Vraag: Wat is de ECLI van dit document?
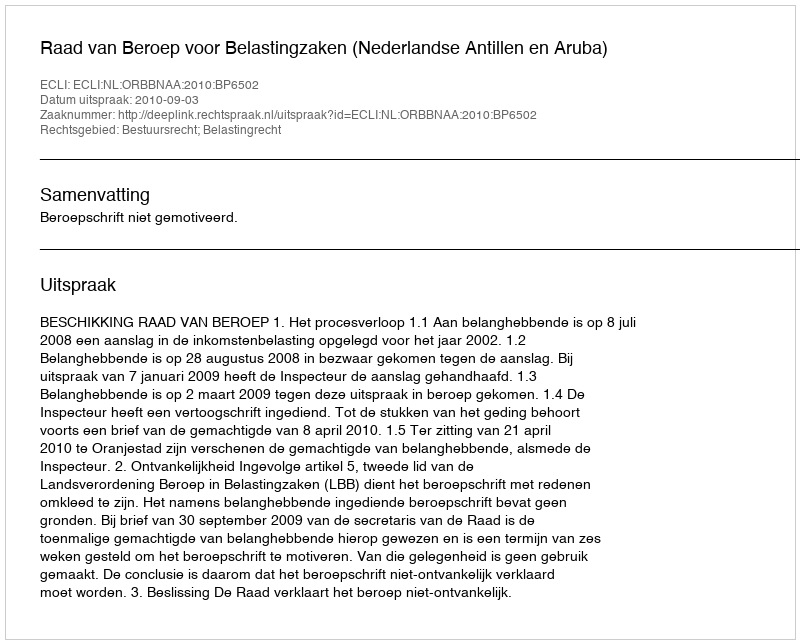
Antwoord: ECLI:NL:ORBBNAA:2010:BP6502